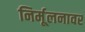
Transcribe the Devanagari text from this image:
निर्मूलनावर